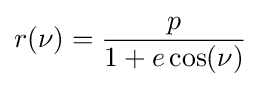
r(\nu )={\frac {p}{1+e\cos(\nu )}}